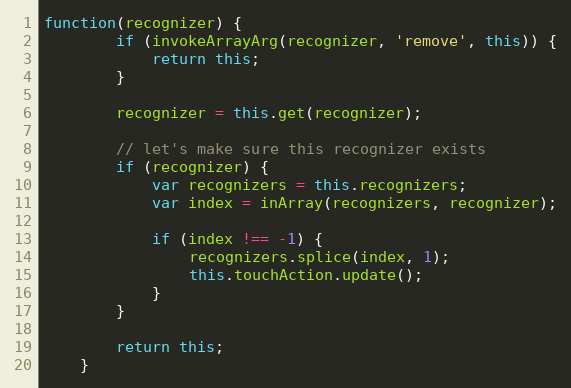
Language: JavaScript
function(recognizer) {
        if (invokeArrayArg(recognizer, 'remove', this)) {
            return this;
        }

        recognizer = this.get(recognizer);

        // let's make sure this recognizer exists
        if (recognizer) {
            var recognizers = this.recognizers;
            var index = inArray(recognizers, recognizer);

            if (index !== -1) {
                recognizers.splice(index, 1);
                this.touchAction.update();
            }
        }

        return this;
    }